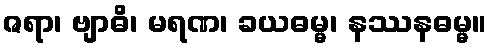
ဇရာ၊ ဗျာဓိ၊ မရဏ၊ ခယဓမ္မ၊ နဿနဓမ္မ။